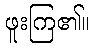
ဖူးကြ၏။